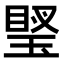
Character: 𤦼